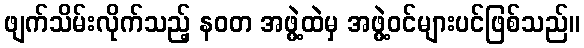
ဖျက်သိမ်းလိုက်သည့် နဝတ အဖွဲ့ထဲမှ အဖွဲ့ဝင်များပင်ဖြစ်သည်။